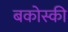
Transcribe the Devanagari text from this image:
बकोस्की